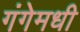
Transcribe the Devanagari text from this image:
गंगेमधी